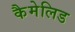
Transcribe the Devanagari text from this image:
कैमेलिड